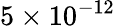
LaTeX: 5\times 10^{-12}